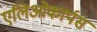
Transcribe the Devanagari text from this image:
एलिओकार्पस